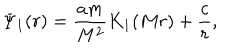
\Psi _ { 1 } ( r ) = \frac { a m } { M ^ { 2 } } K _ { 1 } ( M r ) + \frac { c } { r } ,